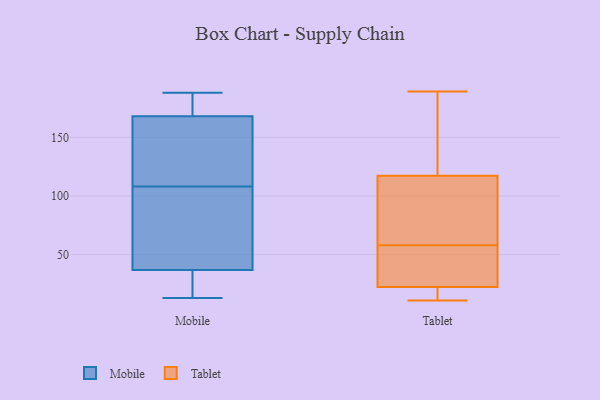
{"axis": {"x": "Conversion Rate (%)", "y": "Value"}, "legend": ["Mobile", "Tablet"], "data": [{"x": "", "y": 106, "type": "Mobile"}, {"x": "", "y": 124, "type": "Mobile"}, {"x": "", "y": 188, "type": "Mobile"}, {"x": "", "y": 168, "type": "Mobile"}, {"x": "", "y": 37, "type": "Mobile"}, {"x": "", "y": 13, "type": "Mobile"}, {"x": "", "y": 13, "type": "Mobile"}, {"x": "", "y": 76, "type": "Mobile"}, {"x": "", "y": 79, "type": "Mobile"}, {"x": "", "y": 30, "type": "Mobile"}, {"x": "", "y": 110, "type": "Mobile"}, {"x": "", "y": 178, "type": "Mobile"}, {"x": "", "y": 130, "type": "Mobile"}, {"x": "", "y": 185, "type": "Mobile"}, {"x": "", "y": 128, "type": "Tablet"}, {"x": "", "y": 85, "type": "Tablet"}, {"x": "", "y": 18, "type": "Tablet"}, {"x": "", "y": 45, "type": "Tablet"}, {"x": "", "y": 129, "type": "Tablet"}, {"x": "", "y": 16, "type": "Tablet"}, {"x": "", "y": 11, "type": "Tablet"}, {"x": "", "y": 67, "type": "Tablet"}, {"x": "", "y": 58, "type": "Tablet"}, {"x": "", "y": 36, "type": "Tablet"}, {"x": "", "y": 189, "type": "Tablet"}]}